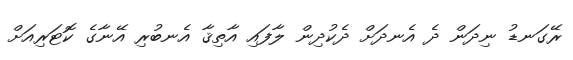
ރޭގަނޑު ނިދަން ދެ އެނދަށް ދެކުދިން ލާފައި އާތިޤާ އެނބުރި އޭނާގެ ކޮޓަރިއަށް